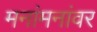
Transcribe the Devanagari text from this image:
मनांमनांवर